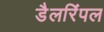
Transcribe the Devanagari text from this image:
डैलरिंपल